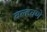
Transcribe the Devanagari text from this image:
वल्हवणे